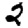
Digit: 2